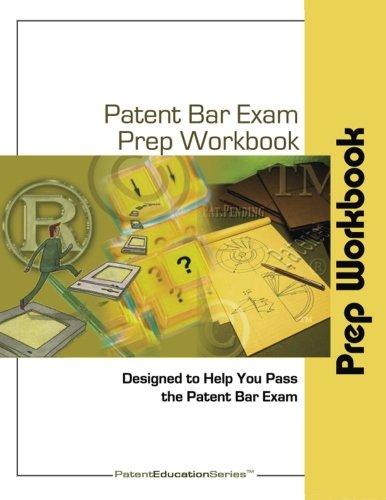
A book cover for Patent Bar Exam Prep Workbook - MPEP 9th Edition; Lisa A. Parmley; Test Preparation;